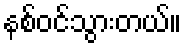
နစ်ဝင်သွားတယ်။